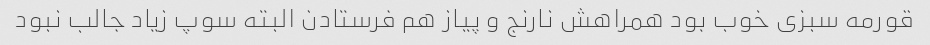
قورمه سبزی خوب بود همراهش نارنج و پیاز هم فرستادن البته سوپ زیاد جالب نبود